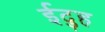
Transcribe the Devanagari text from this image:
ईदुह